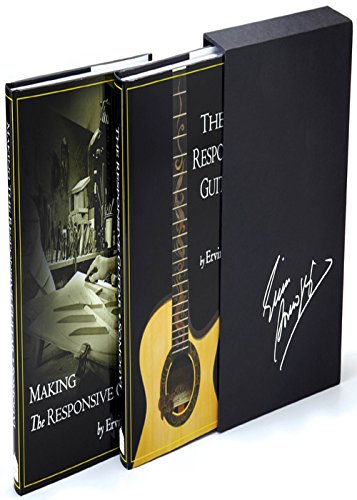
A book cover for The Responsive Guitar 2-book Boxed Set; Ervin Somogyi; Reference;